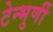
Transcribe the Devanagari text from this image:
टेन्भुर्णी